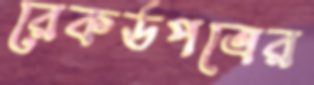
রেকর্ডপত্রের